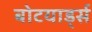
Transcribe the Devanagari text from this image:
बोटयार्ड्स